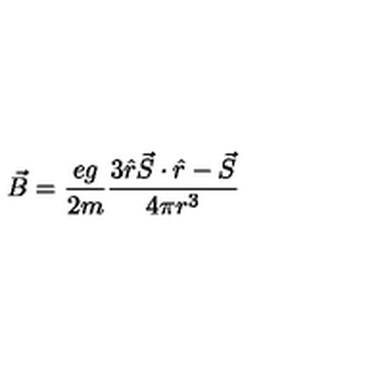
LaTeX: \vec { B } = { \frac { e g } { 2 m } } { \frac { 3 \hat { r } \vec { S } \cdot \hat { r } - \vec { S } } { 4 \pi r ^ { 3 } } }